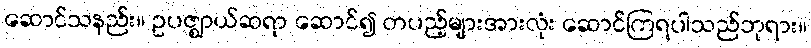
ဆောင်သနည်း။ ဥပဇ္ဈာယ်ဆရာ ဆောင်၍ တပည့်များအားလုံး ဆောင်ကြရပါသည်ဘုရား။